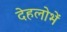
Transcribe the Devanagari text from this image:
देहलोभें